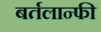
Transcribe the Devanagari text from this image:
बर्तलान्फी